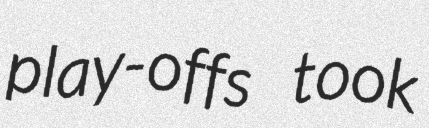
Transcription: play-offs took